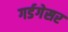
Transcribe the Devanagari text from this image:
गर्डगेसर